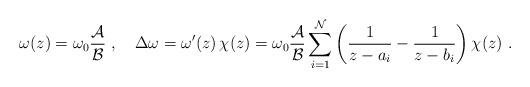
LaTeX: \begin{align*}\omega(z)=\omega_0 {{\cal A}\over{\cal B}}\ , \quad \Delta \omega=\omega'(z)\,\chi(z) = \omega_0 {{\cal A}\over {\cal B}} \sum_{i=1}^{\cal N}\left( {1\over z-a_i}-{1\over z-b_i} \right) \chi(z)\ .\end{align*}